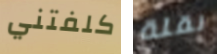
كلفتني نقلة